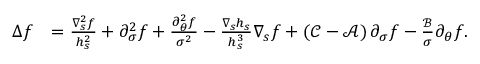
\begin{array} { r l } { \Delta f } & { = \frac { \nabla _ { s } ^ { 2 } f } { h _ { s } ^ { 2 } } + \partial _ { \sigma } ^ { 2 } f + \frac { \partial _ { \theta } ^ { 2 } f } { \sigma ^ { 2 } } - \frac { \nabla _ { s } h _ { s } } { h _ { s } ^ { 3 } } \nabla _ { s } f + \left( \mathcal { C } - \mathcal { A } \right) \partial _ { \sigma } f - \frac { \mathcal { B } } { \sigma } \partial _ { \theta } f . } \end{array}